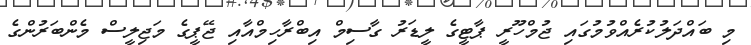
މި ބައްދަލުކުރެއްވުމުގައި ޖުމްހޫރީ ޕާޓީގެ ލީޑަރު ގާސިމް އިބްރާހިމްއާއި ޖޭޕީގެ މަޖިލީސް މެންބަރުންގެ